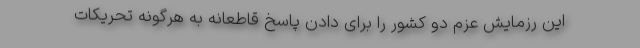
این رزمایش عزم دو کشور را برای دادن پاسخ قاطعانه به هرگونه تحریکات